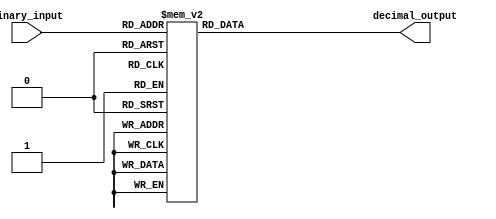
module DecimalDecoder(
    input [3:0] binary_input,
    output reg [3:0] decimal_output
);

always @(*)
begin
    case(binary_input)
        4'b0000: decimal_output = 0;
        4'b0001: decimal_output = 1;
        4'b0010: decimal_output = 2;
        4'b0011: decimal_output = 3;
        4'b0100: decimal_output = 4;
        4'b0101: decimal_output = 5;
        4'b0110: decimal_output = 6;
        4'b0111: decimal_output = 7;
        4'b1000: decimal_output = 8;
        4'b1001: decimal_output = 9;
        4'b1010: decimal_output = 10;
        4'b1011: decimal_output = 11;
        4'b1100: decimal_output = 12;
        4'b1101: decimal_output = 13;
        4'b1110: decimal_output = 14;
        4'b1111: decimal_output = 15;
    endcase
end

endmodule